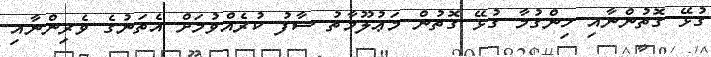
ގުޅޭ ގޮތުންނާއި ހިންގުމާ ގުޅޭ ގޮތުން މަޢުލޫމާތު ސާފު ކުރެއްވުމަށް އެތަނުގެ ވެރިންނާއި